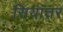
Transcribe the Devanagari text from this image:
सियांतर